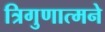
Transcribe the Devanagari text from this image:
त्रिगुणात्मने